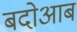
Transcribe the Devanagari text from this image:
बदोआब